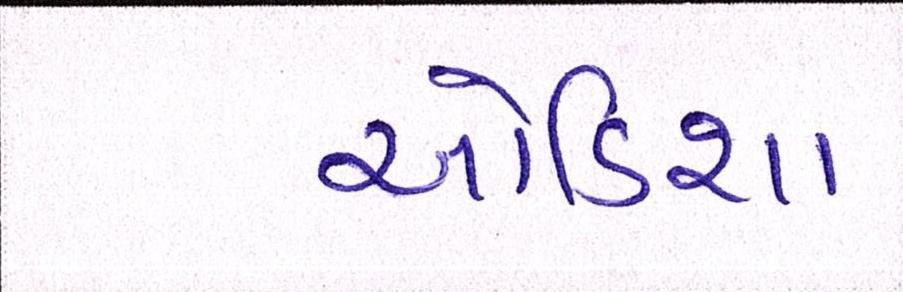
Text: ઓડિશા